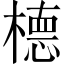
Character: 㯖